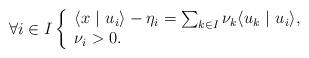
LaTeX: \begin{align*}\forall i \in I\left\{\begin{array}{l}\langle x \ |\ u_i \rangle - \eta_i= \sum_{k\in I} \nu_k \langle u_k \ |\ u_i \rangle, \\\nu_i>0.\end{array} \right.\end{align*}